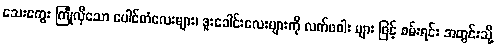
သေးကွေး ကြုံလှီသော ပေါင်တံလေးများ၊ ဒူးခေါင်းလေးများကို လက်ဖဝါး များ ဖြင့် စမ်းရင်း အတွင်းသို့